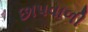
છાપવાળી